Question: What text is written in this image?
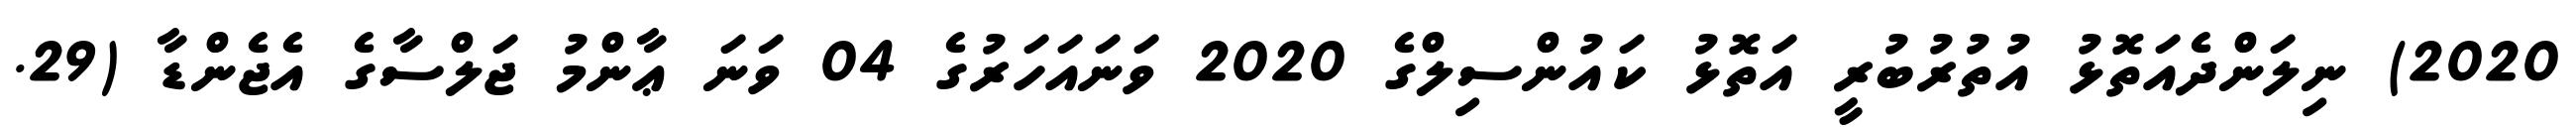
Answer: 2020) ނިލަންދެއަތޮޅު އުތުރުބުރީ އަތޮޅު ކައުންސިލްގެ 2020 ވަނައަހަރުގެ 04 ވަނަ ޢާންމު ޖަލްސާގެ އެޖެންޑާ (29.